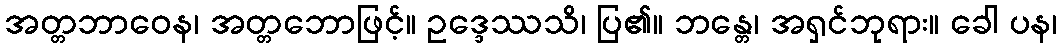
အတ္တဘာဝေန၊ အတ္တဘောဖြင့်။ ဥဒ္ဒေဿသိ၊ ပြ၏။ ဘန္တေ၊ အရှင်ဘုရား။ ခေါ ပန၊